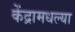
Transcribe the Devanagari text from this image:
केंद्रामधल्या